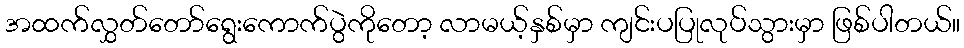
အထက်လွှတ်တော်ရွေးကောက်ပွဲကိုတော့ လာမယ့်နှစ်မှာ ကျင်းပပြုလုပ်သွားမှာ ဖြစ်ပါတယ်။